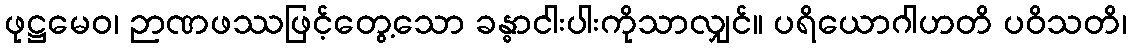
ဖုဋ္ဌမေဝ၊ ဉာဏဖဿဖြင့်တွေ့သော ခန္ဓာငါးပါးကိုသာလျှင်။ ပရိယောဂါဟတိ ပဝိသတိ၊